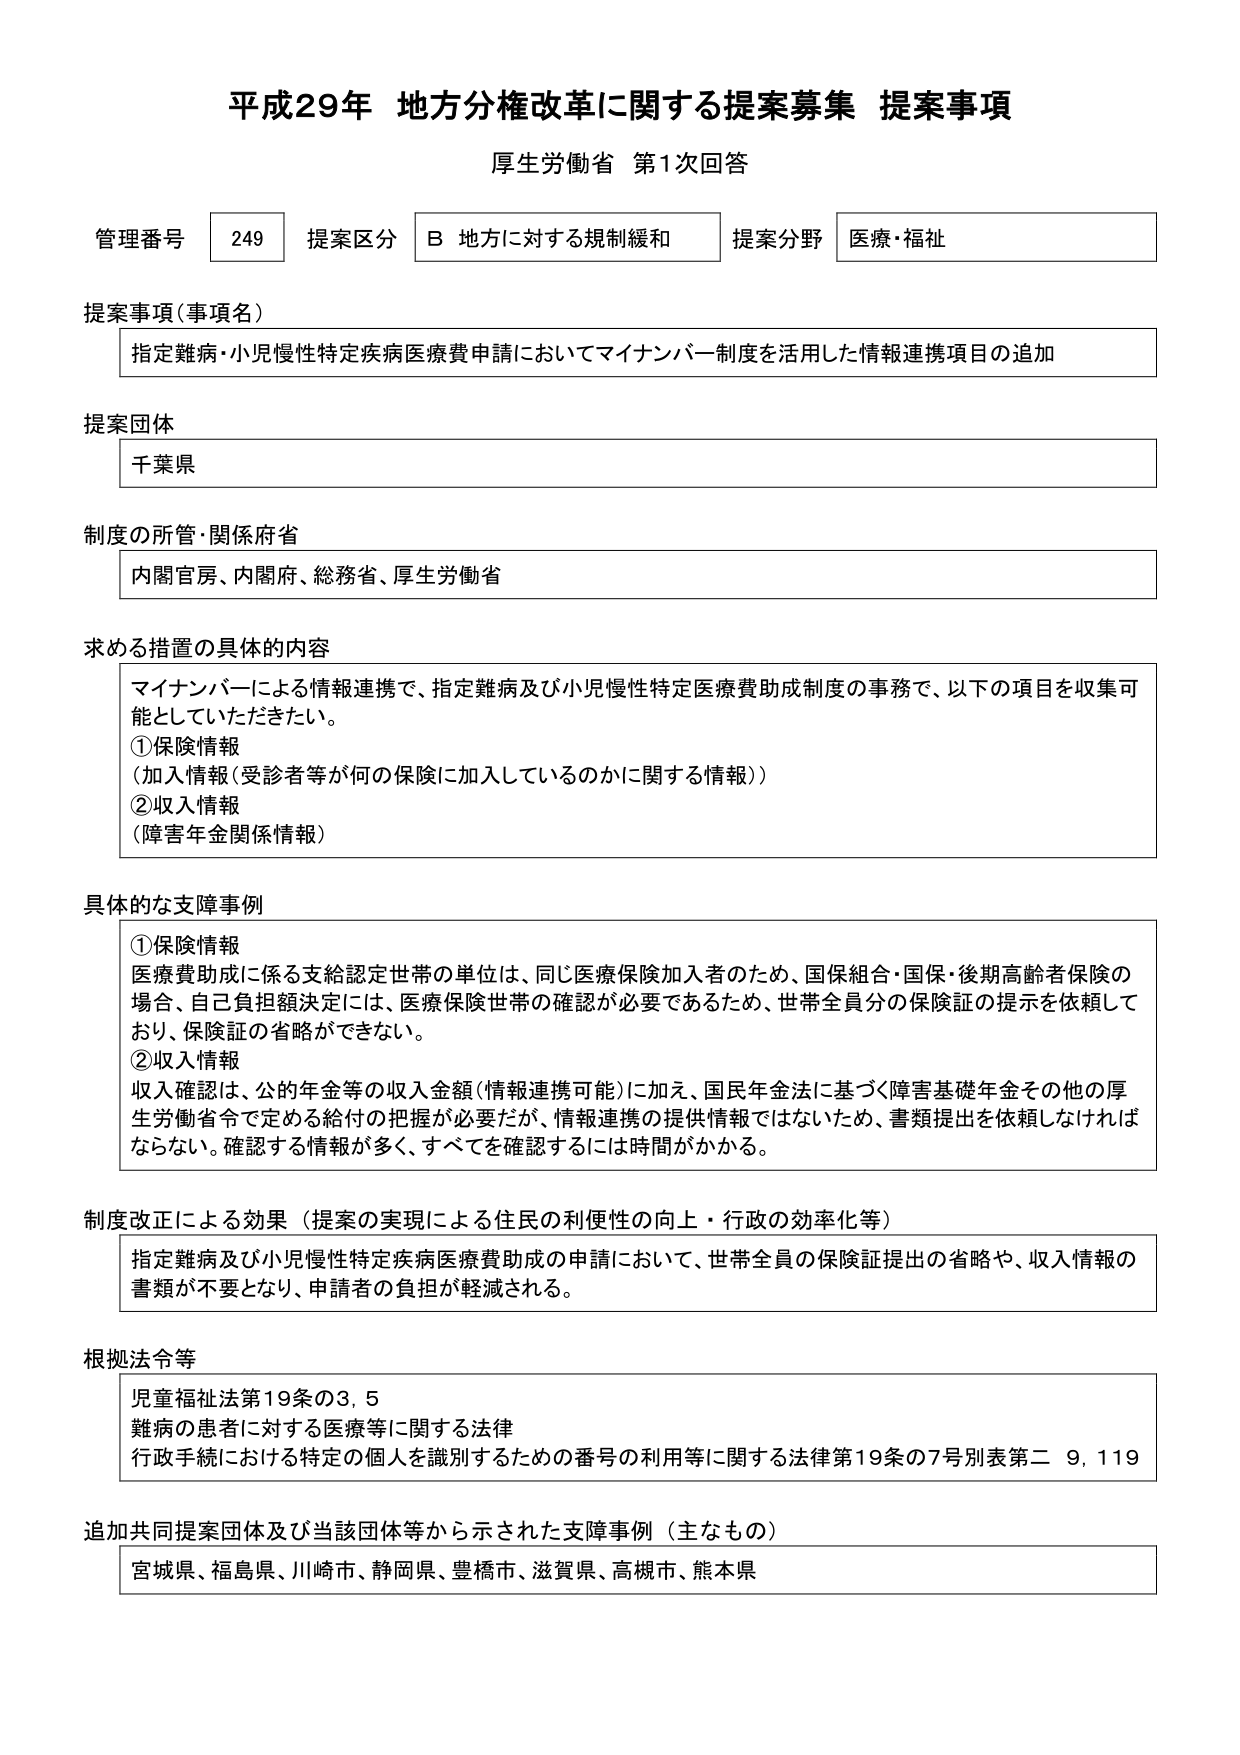
平成29年 地方分権改革に関する提案募集 提案事項
厚生労働省 第1次回答

管理番号 249 提案区分 B 地方に対する規制緩和 提案分野 医療・福祉

提案事項（事項名）
指定難病・小児慢性特定疾病医療費申請においてマイナンバー制度を活用した情報連携項目の追加

提案団体
千葉県

制度の所管・関係府省
内閣官房、内閣府、総務省、厚生労働省

求める措置の具体的内容
マイナンバーによる情報連携で、指定難病及び小児慢性特定医療費助成制度の事務で、以下の項目を収集可能としていただきたい。
①保険情報
（加入情報（受診者等が何の保険に加入しているのかに関する情報））
②収入情報
（障害年金関係情報）

具体的な支障事例
①保険情報
医療費助成に係る支給認定世帯の単位は、同じ医療保険加入者のため、国保組合・国保・後期高齢者保険の場合、自己負担額決定には、医療保険世帯の確認が必要であるため、世帯全員分の保険証の提示を依頼しており、保険証の省略ができない。
②収入情報
収入確認は、公的年金等の収入金額（情報連携可能）に加え、国民年金法に基づく障害基礎年金その他の厚生労働省令で定める給付の把握が必要だが、情報連携の提供情報ではないため、書類提出を依頼しなければならない。確認する情報が多く、すべてを確認するには時間がかかる。

制度改正による効果（提案の実現による住民の利便性の向上・行政の効率化等）
指定難病及び小児慢性特定疾病医療費助成の申請において、世帯全員の保険証提出の省略や、収入情報の書類が不要となり、申請者の負担が軽減される。

根拠法令等
児童福祉法第19条の3, 5
難病の患者に対する医療等に関する法律
行政手続における特定の個人を識別するための番号の利用等に関する法律第19条の7号別表第二 9, 119

追加共同提案団体及び当該団体等から示された支障事例（主なもの）
宮城県、福島県、川崎市、静岡県、豊橋市、滋賀県、高槻市、熊本県